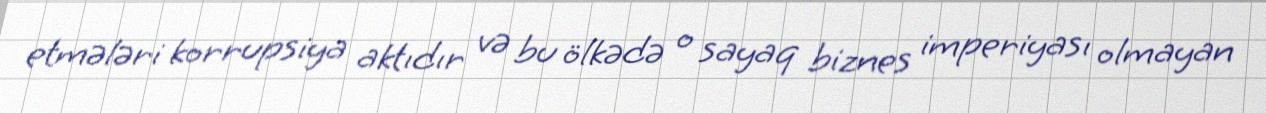
etmələri korrupsiya aktıdır və bu ölkədə o sayaq biznes imperiyası olmayan